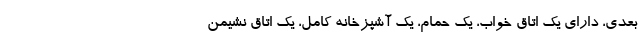
بعدی، دارای یک اتاق خواب، یک حمام، یک آشپزخانه کامل، یک اتاق نشیمن